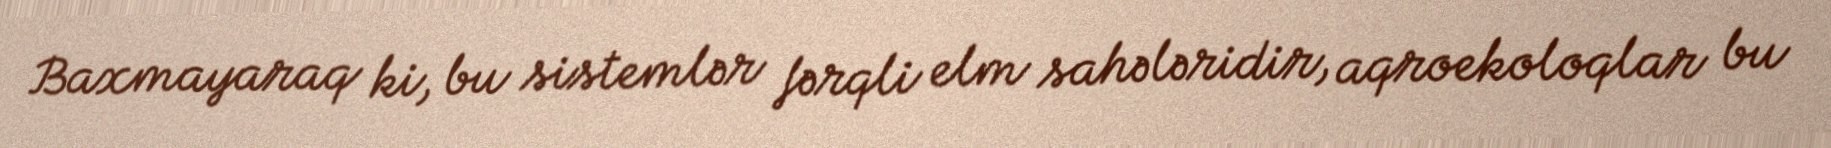
Baxmayaraq ki, bu sistemlər fərqli elm sahələridir, aqroekoloqlar bu